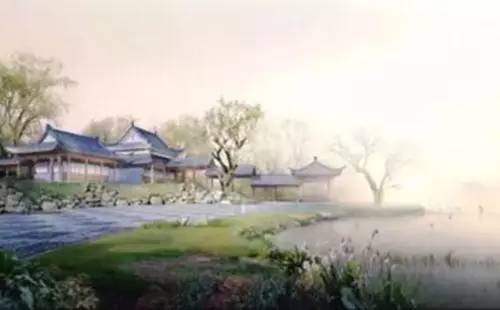
风老莺雏，雨肥梅子，午阴嘉树清圆。